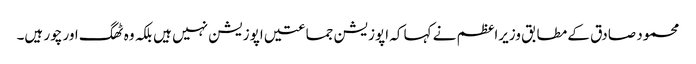
محمود صادق کے مطابق وزیراعظم نے کہا کہ اپوزیشن جماعتیں اپوزیشن نہیں ہیں بلکہ وہ ٹھگ اور چور ہیں۔